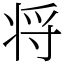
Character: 将